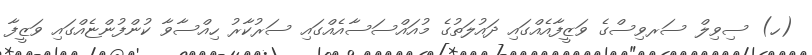
(ހ) ސިވިލް ސަރވިސްގެ ވަޒީފާއެއްގައި ދައުލަތުގެ މުއައްސަސާއެއްގައި ސަރުކާރު ހިއްސާވާ ކުންފުންޏެއްގައި ވަޒީފާ